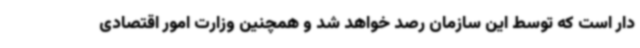
دار است که توسط این سازمان رصد خواهد شد و همچنین وزارت امور اقتصادی